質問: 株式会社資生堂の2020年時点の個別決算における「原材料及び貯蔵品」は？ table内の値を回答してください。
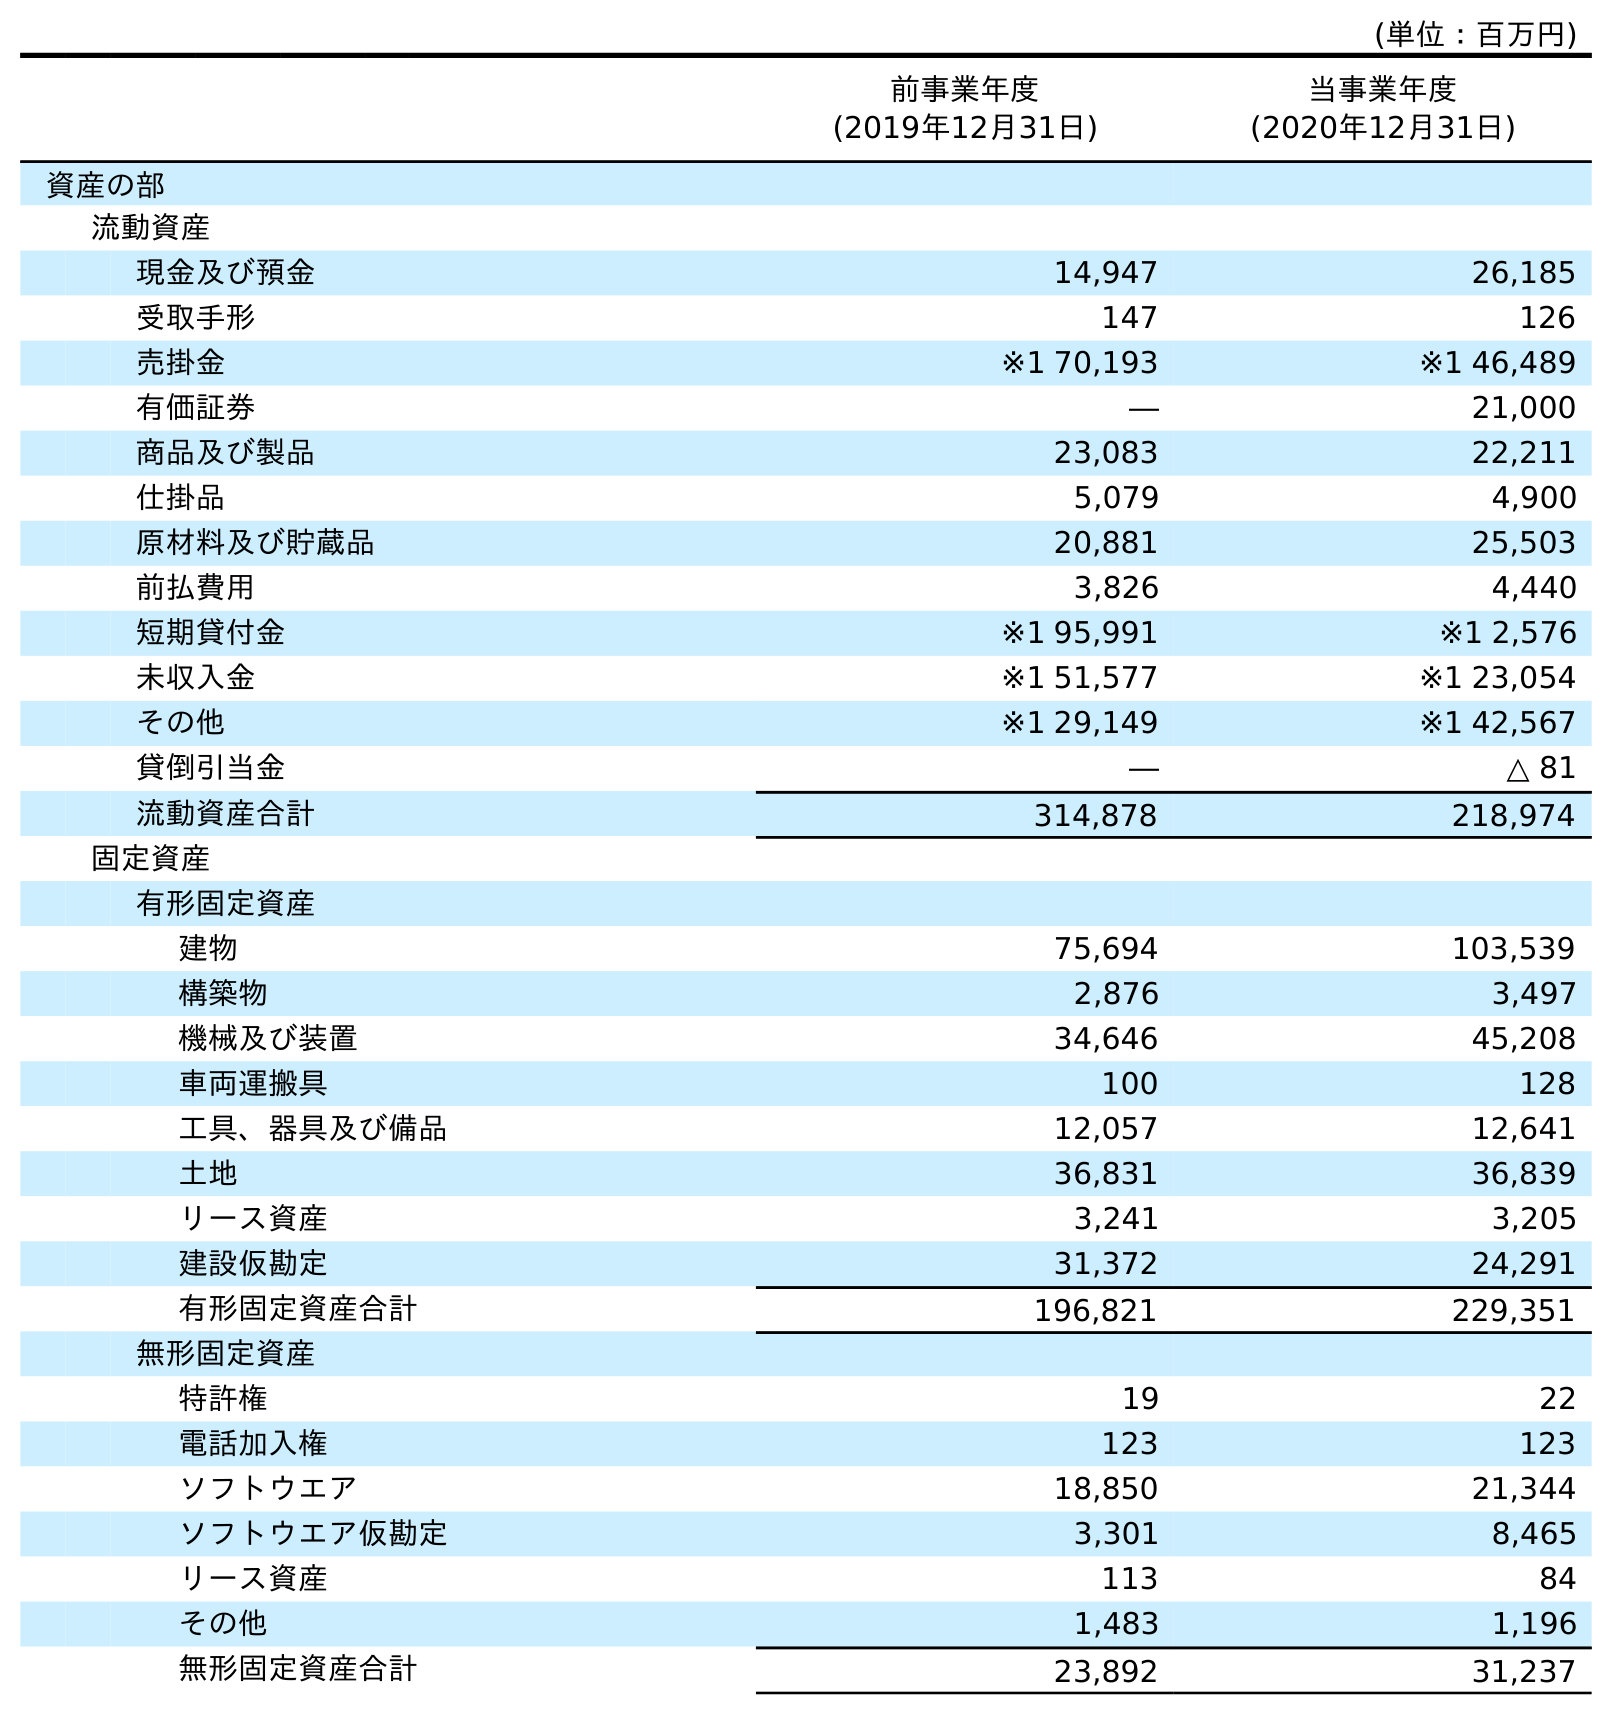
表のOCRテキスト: (単位：百万円) 前事業年度 (2019年12月31日) 当事業年度 (2020年12月31日) 資産の部 流動資産 現金及び預金 14,947 26,185 受取手形 147 126 売掛金 ※1 70,193 ※1 46,489 有価証券 ― 21,000 商品及び製品 23,083 22,211 仕掛品 5,079 4,900 原材料及び貯蔵品 20,881 25,503 前払費用 3,826 4,440 短期貸付金 ※1 95,991 ※1 2,576 未収入金 ※1 51,577 ※1 23,054 その他 ※1 29,149 ※1 42,567 貸倒引当金 ― △ 81 流動資産合計 314,878 218,974 固定資産 有形固定資産 建物 75,694 103,539 構築物 2,876 3,497 機械及び装置 34,646 45,208 車両運搬具 100 128 工具、器具及び備品 12,057 12,641 土地 36,831 36,839 リース資産 3,241 3,205 建設仮勘定 31,372 24,291 有形固定資産合計 196,821 229,351 無形固定資産 特許権 19 22 電話加入権 123 123 ソフトウエア 18,850 21,344 ソフトウエア仮勘定 3,301 8,465 リース資産 113 84 その他 1,483 1,196 無形固定資産合計 23,892 31,237
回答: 25,503